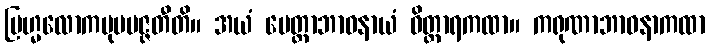
ဗြဟ္မလောကမုပပဇ္ဇတီတိ။ အယံ မေတ္တာဘာဝနာယံ ဝိတ္ထာရကထာ။ ကရုဏာဘာဝနာကထာ